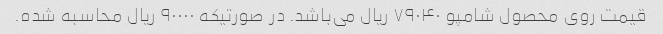
قیمت روی محصول شامپو ۷۹۰۴۰ ریال می‌باشد. در صورتیکه ۹۰۰۰۰ ریال محاسبه شده.